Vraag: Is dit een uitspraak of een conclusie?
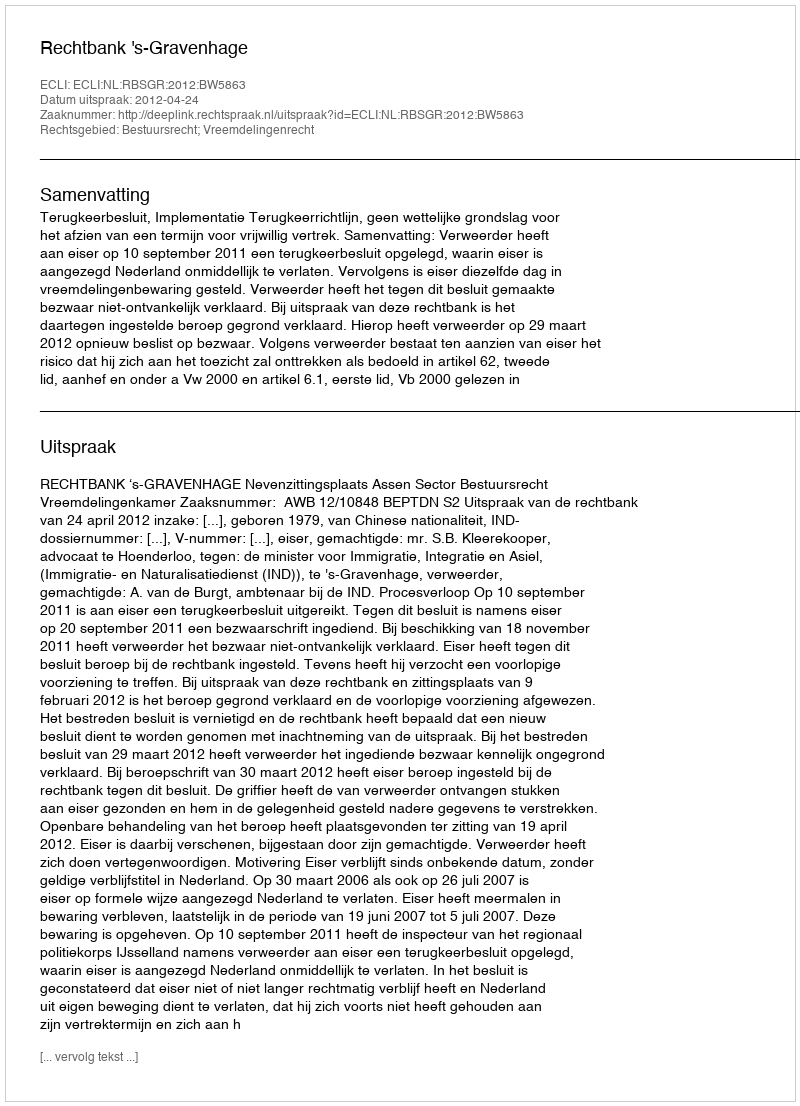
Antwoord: Uitspraak